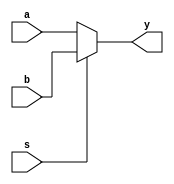
`timescale 1ns / 1ps
//////////////////////////////////////////////////////////////////////////////////
// Company: 
// Engineer: 
// 
// Design Name: 
// Module Name:    MUX_4bit_2to1 
// Project Name: 
// Target Devices: 
// Tool versions: 
// Description: 
//
// Dependencies: 
//
// Revision: 
// Revision 0.01 - File Created
// Additional Comments: 
//
//////////////////////////////////////////////////////////////////////////////////
module MUX_4bit_2to1(
	input wire[3:0] a,
	input wire[3:0] b,
	input wire s,
	output wire[3:0] y
);

	assign y = (s) ? (b) : (a);

endmodule